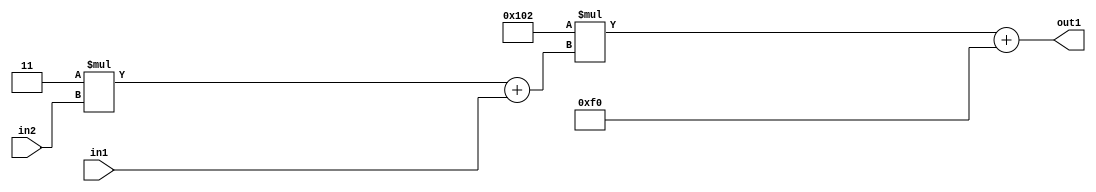
`timescale 1ps / 1ps
/*****************************************************************************
    Verilog RTL Description
    
    
    Created by: Stratus DpOpt 2019.1.01 
*******************************************************************************/

module DC_Filter_Add2i240Mul2i258Add2u1Mul2i3u2_4 (
	in2,
	in1,
	out1
	); /* architecture "behavioural" */ 
input [1:0] in2;
input  in1;
output [11:0] out1;
wire [11:0] asc001;
wire [3:0] asc002;

wire [3:0] asc002_tmp_0;
assign asc002_tmp_0 = 
	+(4'B0011 * in2);
assign asc002 = asc002_tmp_0
	+(in1);

wire [11:0] asc001_tmp_1;
assign asc001_tmp_1 = 
	+(12'B000100000010 * asc002);
assign asc001 = asc001_tmp_1
	+(12'B000011110000);

assign out1 = asc001;
endmodule

/* CADENCE  v7X2SQw= : u9/ySgnWtBlWxVPRXgAZ4Og= ** DO NOT EDIT THIS LINE ******/